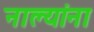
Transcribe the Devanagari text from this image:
नाल्यांना